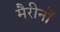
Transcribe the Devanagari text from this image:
मैरीनों